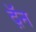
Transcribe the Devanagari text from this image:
द़ॅन